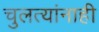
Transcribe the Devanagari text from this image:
चुलत्यांनाही